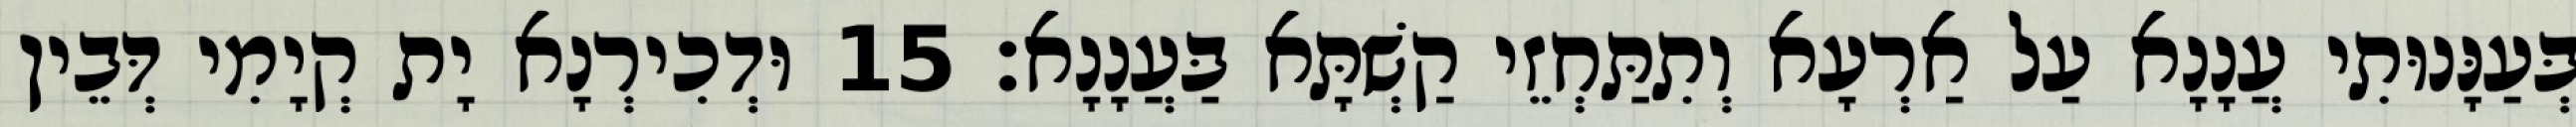
בְּעַנָּנוּתִי עֲנָנָא עַל אַרְעָא וְתִתַּחְזֵי קַשְׁתָּא בַּעֲנָנָא׃ 15 וּדְכִירְנָא יָת קְיָמִי דְּבֵין